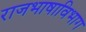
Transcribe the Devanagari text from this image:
राजभाषाविभाग